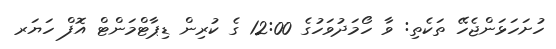
ހުށަހަޅަންޖެހޭ ތަކެތި: ވާ ހޯމަދުވަހުގެ 12:00 ގެ ކުރިން ޑިޕާޓްމަންޓް އޮފް ހަޔަރ